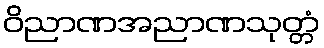
ဝိညာဏအညာဏသုတ္တံ